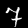
Label: 7